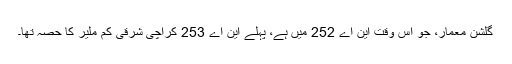
گلشنِ معمار، جو اس وقت این اے 252 میں ہے، پہلے این اے 253 کراچی شرقی کم ملیر کا حصہ تھا۔